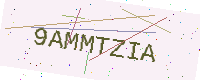
Text: 9AMMTZIA